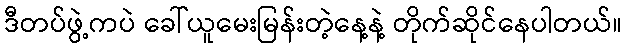
ဒီတပ်ဖွဲ့ကပဲ ခေါ်ယူမေးမြန်းတဲ့နေ့နဲ့ တိုက်ဆိုင်နေပါတယ်။